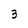
Character: 3